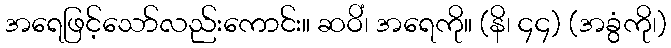
အရေဖြင့်သော်လည်းကောင်း။ ဆဝိံ၊ အရေကို။ (နိ၊ ၄၄) (အခွံကို၊)